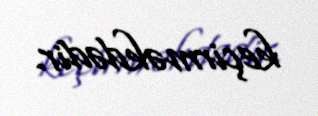
keçirməkdədir.